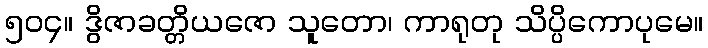
၅၀၄။ ဒွိဇာခတ္တိယဇော သူတော၊ ကာရုတု သိပ္ပိကောပုမေ။